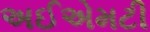
અઈએમટી